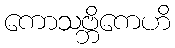
ကောသဗ္ဘိကေဟိ